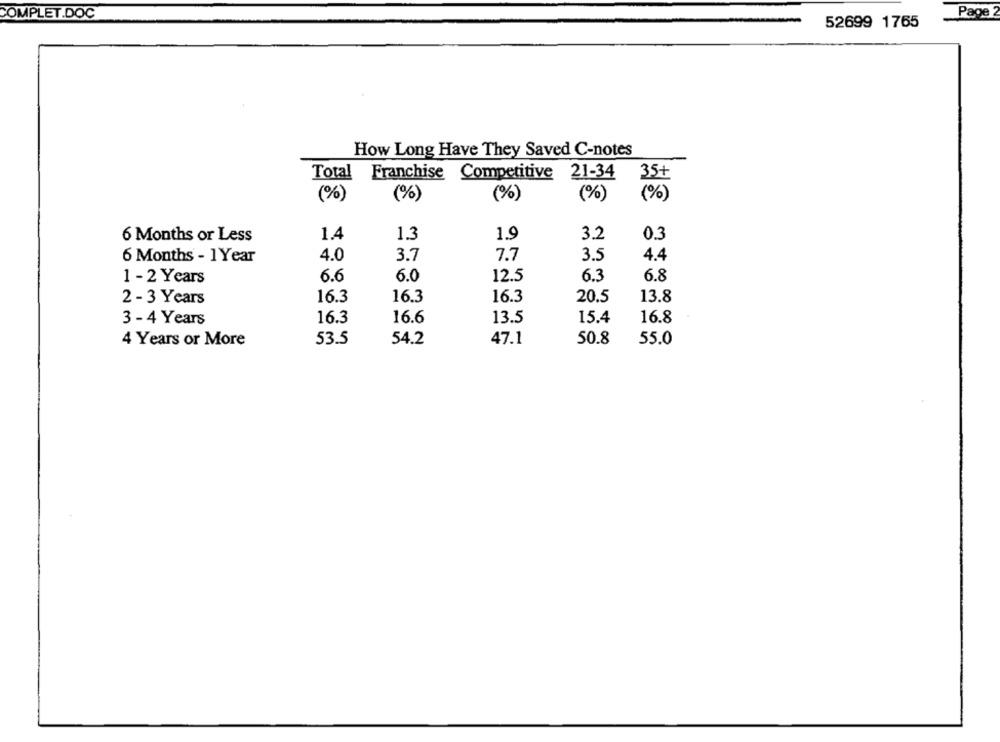
Page 2
COMPLET.DOC
52699 1765
How Long Have They Saved C-notes
Total
Franchise
Competitive 21-34
35+
(%)
(%)
(%)
(%)
(%)
6 Months or Less
1.4
1.3
1.9
3.2
0.3
6 Months - 1 Year
4.0
3.7
7.7
3.5
4.4
1 - 2 Years
6.6
6.0
12.5
6.3
6.8
2 - 3 Years
16.3
16.3
16.3
20.5
13.8
3 - 4 Years
16.3
16.6
13.5
15.4
16.8
4 Years or More
53.5
54.2
47.1
50.8
55.0